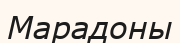
Марадоны